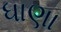
ધાણા